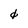
Character: 0